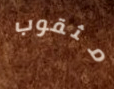
مثقوب